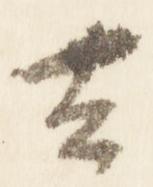
去